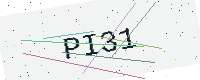
Text: PI31